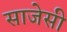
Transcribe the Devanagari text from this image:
साजेसी